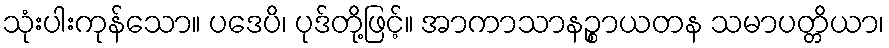
သုံးပါးကုန်သော။ ပဒေပိ၊ ပုဒ်တို့ဖြင့်။ အာကာသာနဉ္စာယတန သမာပတ္တိယာ၊